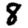
Digit: 8